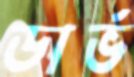
ডার্ভ